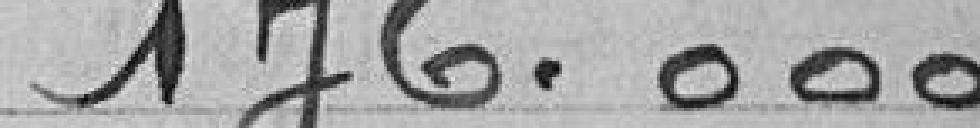
176.000